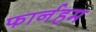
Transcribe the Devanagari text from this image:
फार्नहम